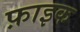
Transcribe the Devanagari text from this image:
फ़ाइक